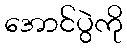
အောင်ပွဲကို